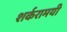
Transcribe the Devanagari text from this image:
शर्करामयी